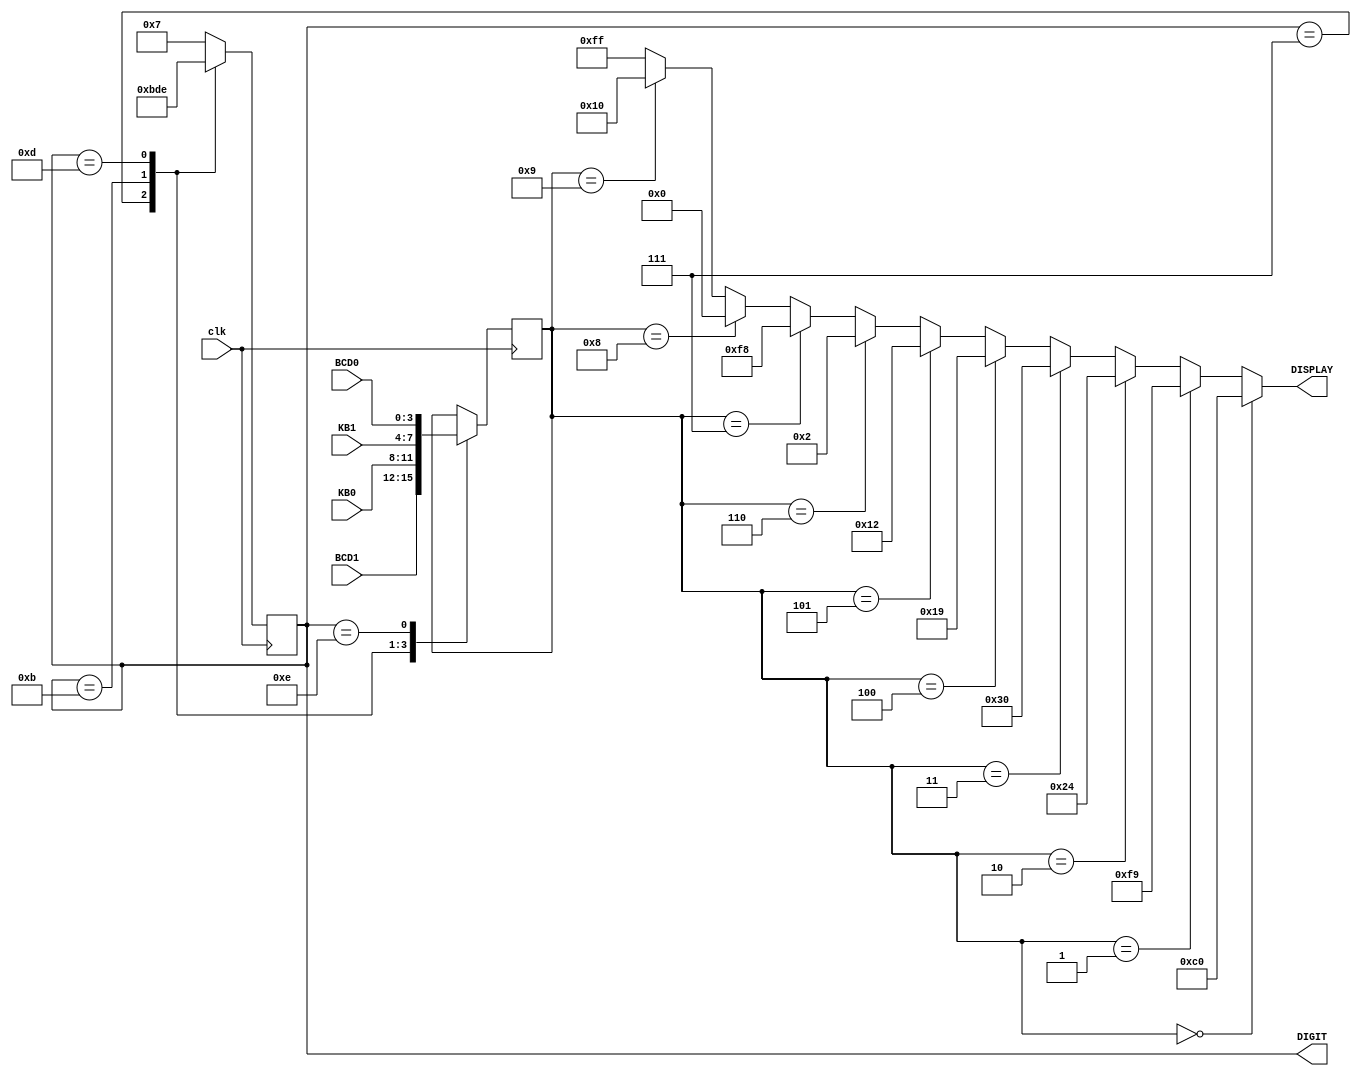
module LED7SEG(DIGIT, DISPLAY,BCD0, BCD1, KB0, KB1, clk);
input clk;
input [3:0] BCD1;
input [3:0] BCD0;
input [3:0] KB1;
input [3:0] KB0;
output reg [3:0] DIGIT;
output [7:0] DISPLAY;
reg [3:0] value;

	always @ ( posedge clk) begin	
		case(DIGIT) 
			4'b0111: begin
				value <= BCD1;
				DIGIT <= 4'b1011;
			end
			4'b1011: begin // L2
				value <= KB0;
				DIGIT <= 4'b1101;
			end
			4'b1101: begin // L1
				value <= KB1;
				DIGIT <= 4'b1110;
			end
			4'b1110: begin
				value <= BCD0; // L4
				DIGIT <= 4'b0111;
			end
			default begin
				DIGIT <= 4'b0111;
			end
		endcase	
	end

	assign DISPLAY = (value==4'h0) ? 8'hC0 :
                 (value==4'h1) ? 8'hF9 :
                 (value==4'h2) ? 8'h24 :
                 (value==4'h3) ? 8'h30 :
                 (value==4'h4) ? 8'h19 :
                 (value==4'h5) ? 8'h12 :
                 (value==4'h6) ? 8'h02 :
                 (value==4'h7) ? 8'hF8 :
                 (value==4'h8) ? 8'h00 :
                 (value==4'h9) ? 8'h10 : 8'hFF ;

endmodule